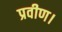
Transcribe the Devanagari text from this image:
प्रवीण।